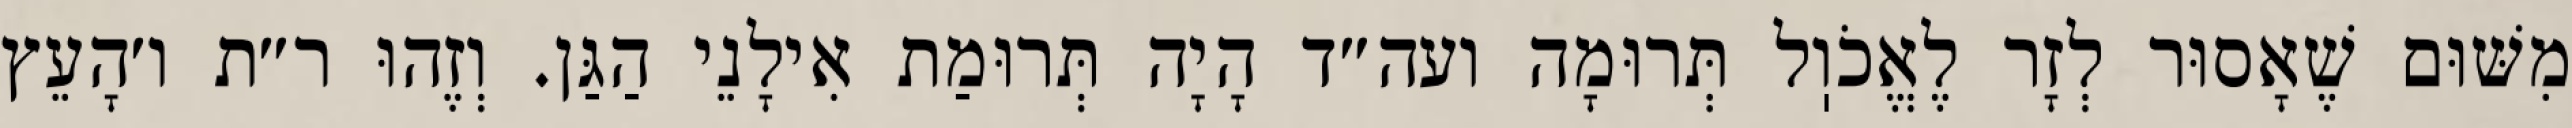
מִשּׁוּם שֶׁאָסוּר לְזָר לֶאֱכֹוֽל תְּרוּמָה ועה״ד הָיָה תְּרוּמַת אִילָנֵי הַגַּן. וְזֶהוּ ר״ת ו׳הָעֵץ